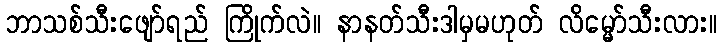
ဘာသစ်သီးဖျော်ရည် ကြိုက်လဲ။ နာနတ်သီးဒါမှမဟုတ် လိမ္မော်သီးလား။